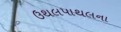
ઉથલપાથલના